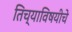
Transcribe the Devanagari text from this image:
तिच्याविषयीचे